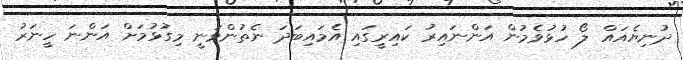
ދުނިޔެއައް ލޯ ހުޅުވެމުން އަންނައިރު ކައިރީގައި އެމައިބަދަ ނެތުންވަނީ މިގުޅުމަށް އަންނަ ހީނަރު